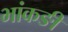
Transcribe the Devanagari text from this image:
भांकङी